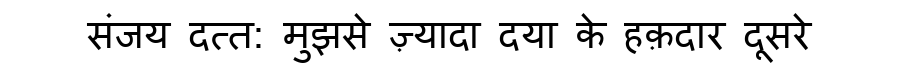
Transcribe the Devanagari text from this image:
संजय दत्त: मुझसे ज़्यादा दया के हक़दार दूसरे